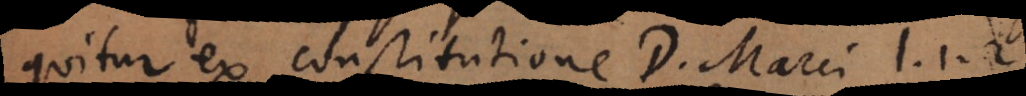
quitur ex constitutione D. Marci l. 1.2.